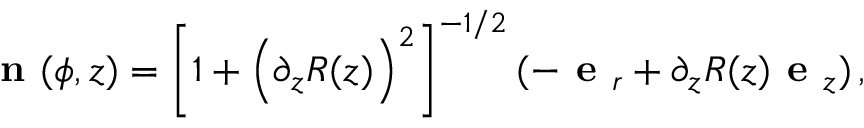
\textbf { n } ( \phi , z ) = \left[ 1 + \Big ( \partial _ { z } R ( z ) \Big ) ^ { 2 } \right] ^ { - 1 / 2 } ( - \textbf { e } _ { r } + \partial _ { z } R ( z ) \textbf { e } _ { z } ) \, ,